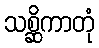
သစ္ဆိကာတုံ